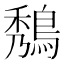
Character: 𪁮